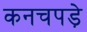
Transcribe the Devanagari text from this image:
कनचपडे़